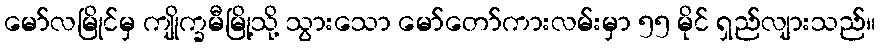
မော်လမြိုင်မှ ကျိုက္ခမီမြို့သို့ သွားသော မော်တော်ကားလမ်းမှာ ၅၅ မိုင် ရှည်လျားသည်။